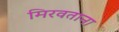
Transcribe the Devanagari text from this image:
मिरवताना